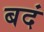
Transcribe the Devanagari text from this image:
बदं